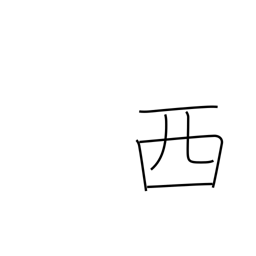
Meaning: Spain